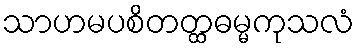
သာဟမပစိတတ္ထဓမ္မကုသလံ